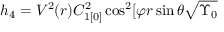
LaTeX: h _ { 4 } = V ^ { 2 } ( r ) C _ { 1 [ 0 ] } ^ { 2 } \cos ^ { 2 } [ \varphi r \sin \theta \sqrt { \Upsilon _ { 0 } }